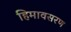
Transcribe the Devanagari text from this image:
हिमावसरण